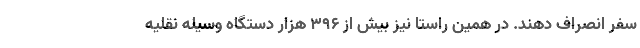
سفر انصراف دهند. در همین راستا نیز بیش از ۳۹۶ هزار دستگاه وسیله نقلیه